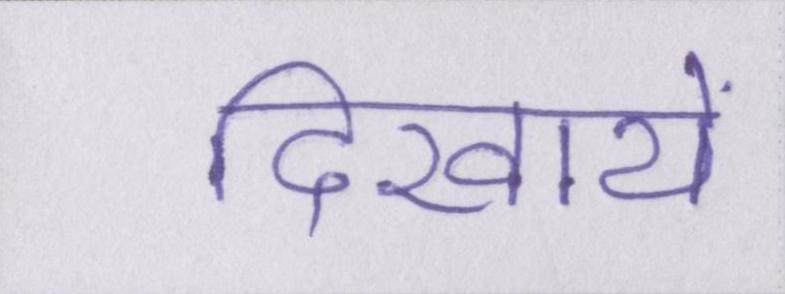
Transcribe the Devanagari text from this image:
दिखायें